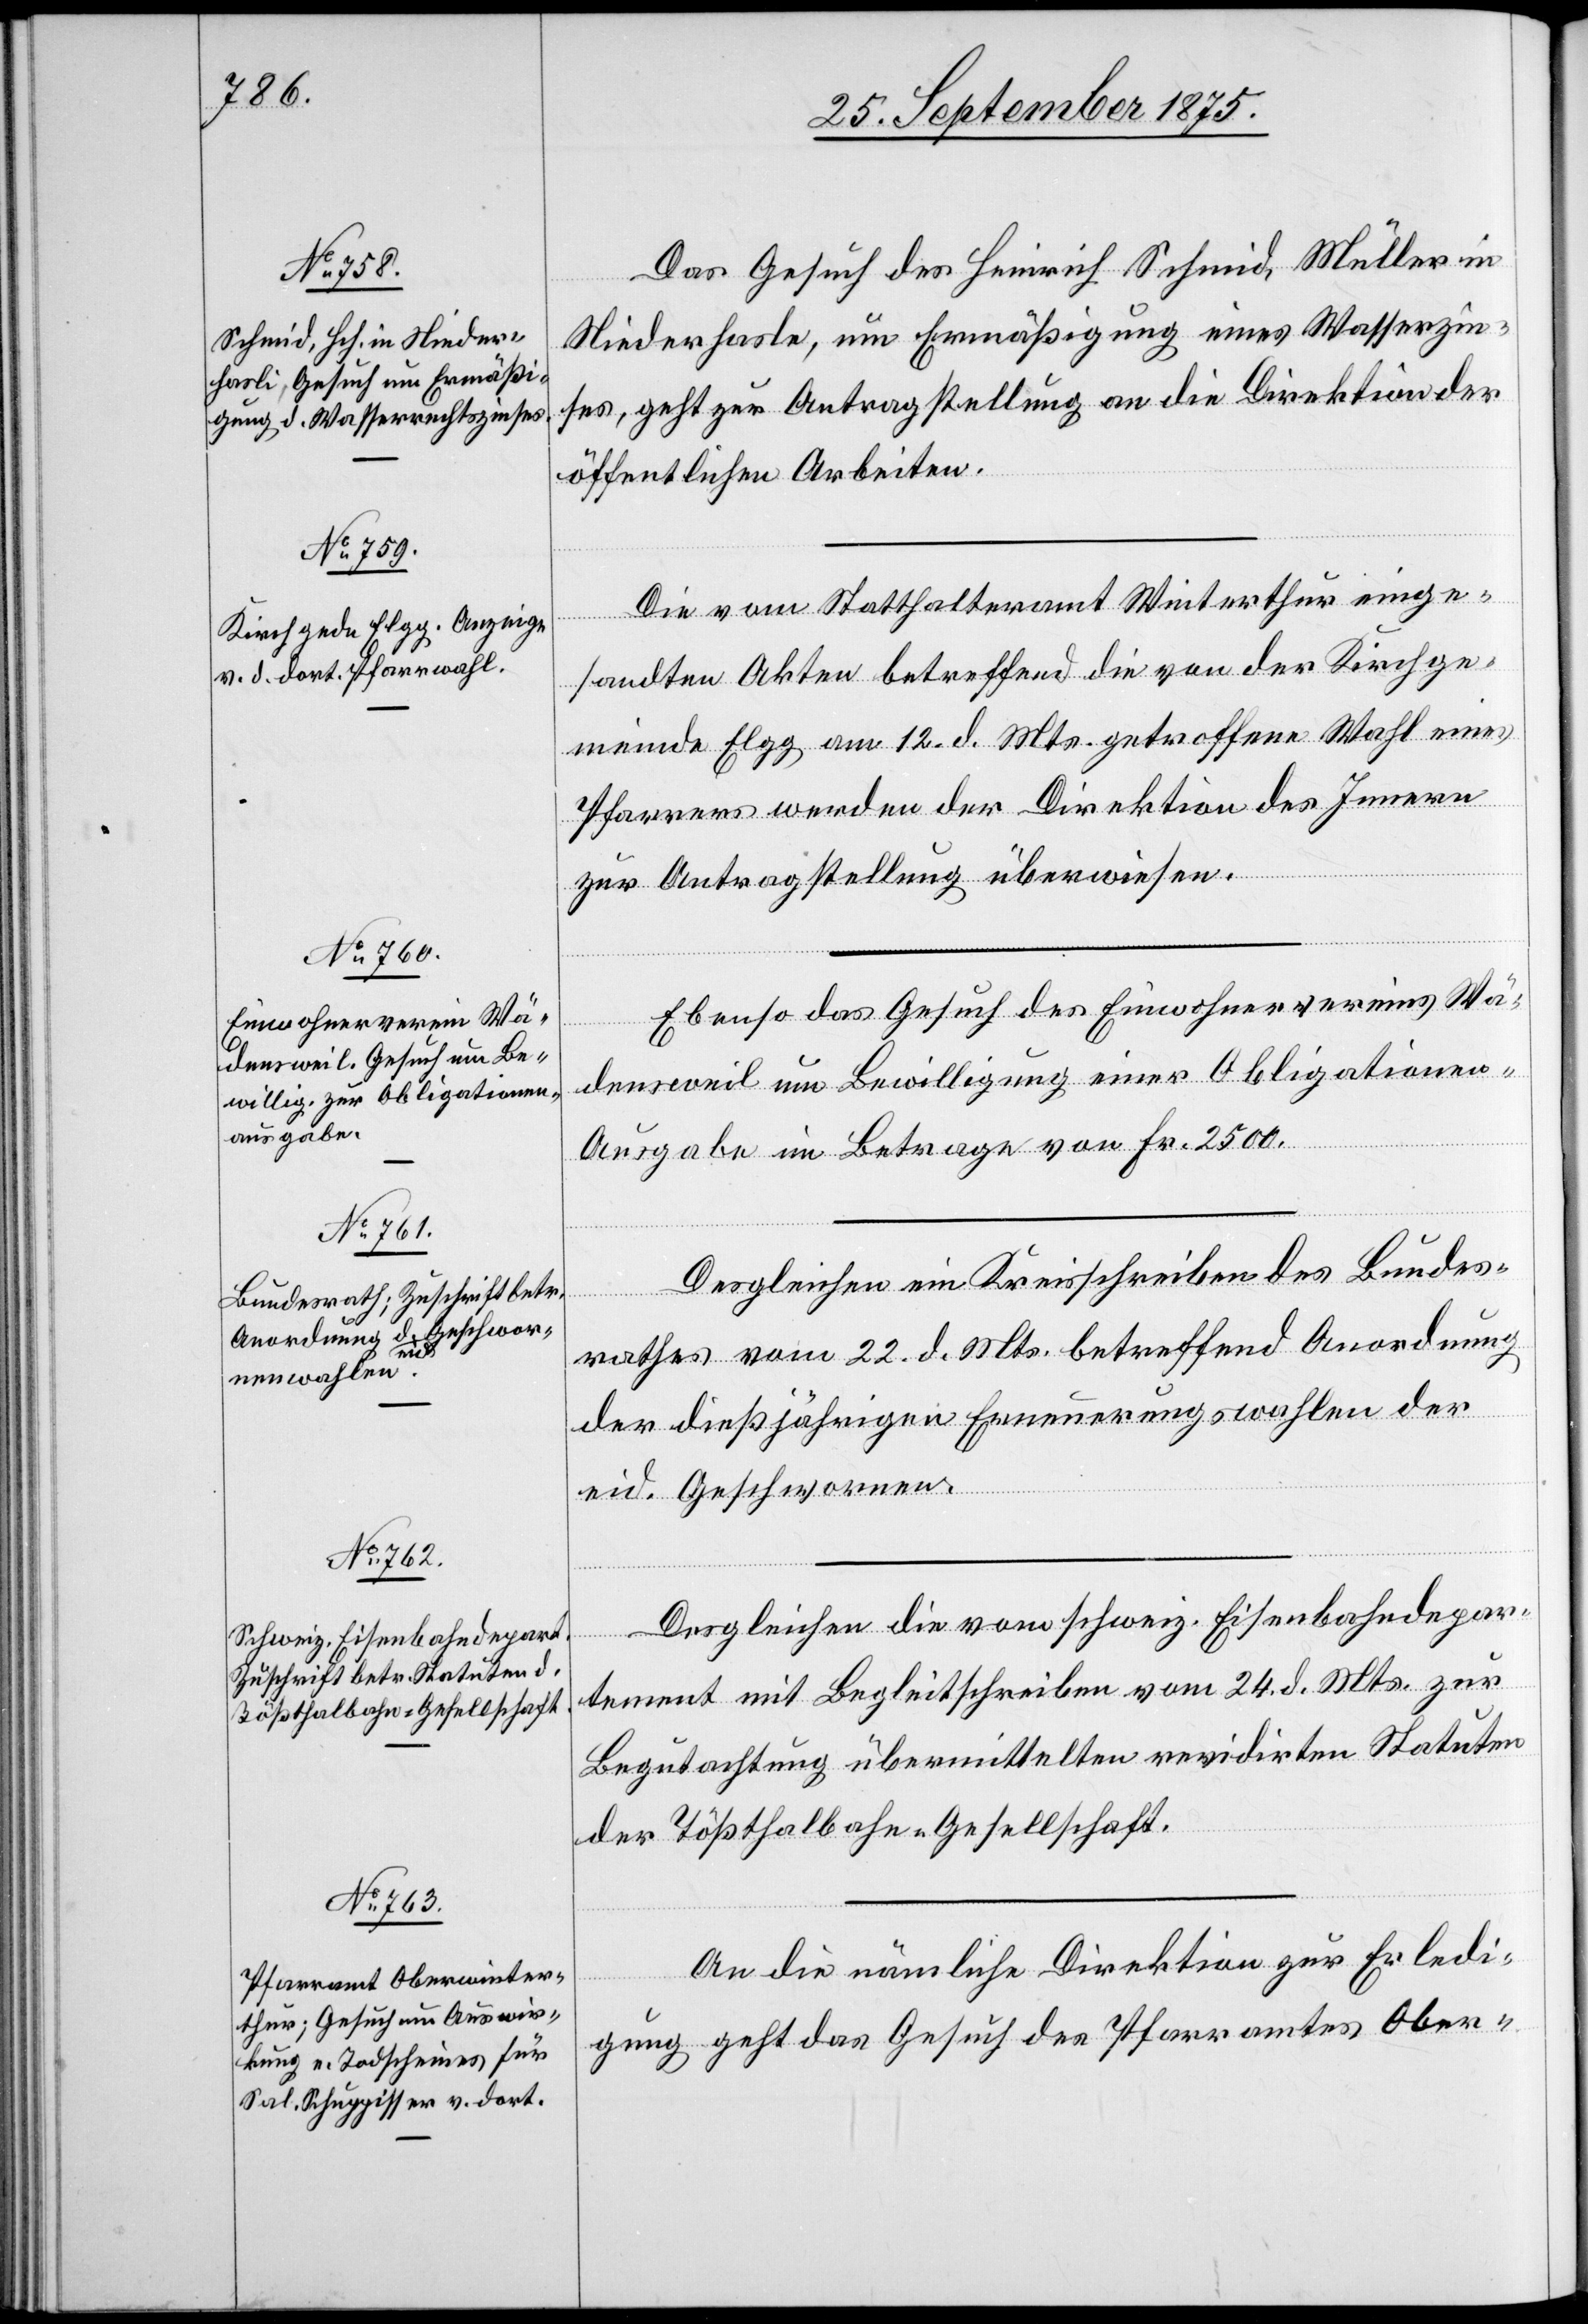
27. September 1875.]
Das Gesuch des Heinrich Schmid, Müller in
Niederhasle [sic!], um Ermäßigung eines Wasserzin¬
ses, geht zur Antragstellung an die Direktion der
öffentlichen Arbeiten.
Die vom Statthalteramt Winterthur einge¬
sandten Akten betreffend die von der Kirchge¬
meinde Elgg am 12. d. Mts. getroffene Wahl eines
Pfarrers werden der Direktion des Innern
zur Antragstellung überwiesen.
Ebenso das Gesuch des Einwohnervereins Wä¬
densweil um Bewilligung einer Obligatione¬
n-Ausgabe im Betrage von Fr. 2500.
Desgleichen ein Kreisschreiben des Bundes¬
rathes vom 22. d. Mts. betreffend Anordnung
der dießjährigen Erneuerungswahlen der
eid. Geschwornen.
Desgleichen die vom schweiz. Eisenbahndepar¬
tement mit Begleitschreiben vom 24. d. Mts. zur
Begutachtung übermittelten revidirten Statuten
der Tößthalbahn-Gesellschaft.
An die nämliche Direktion zur Erledi¬
gung geht das Gesuch des Pfarramtes Ober-